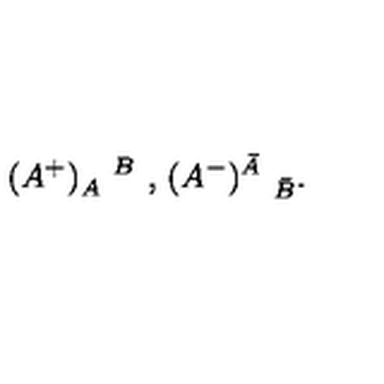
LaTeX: ( A ^ { + } ) _ { A } ^ { \quad B } \mathrm { \ , \ } ( A ^ { - } ) _ { \quad \bar { B } } ^ { \bar { A } } .